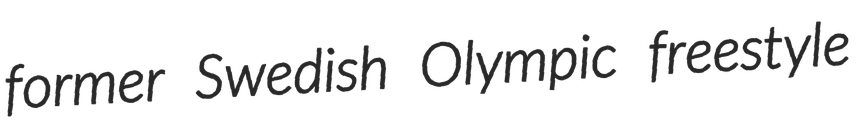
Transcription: former Swedish Olympic freestyle